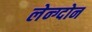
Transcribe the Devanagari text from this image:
लेन्ग्दोन